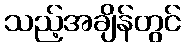
သည့်အချိန်တွင်